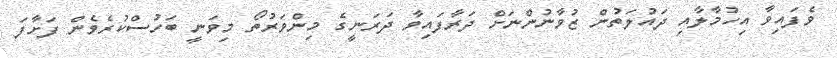
ވެފައިވާ އިހުމާލާއި ދައުލަތުން ޒުވާނުންނަށް ދަރާފައިވާ ދަރަނީގެ މިންވަރުތޯ މިވަނީ ބަހުސްކުރެވެން ފަށާފަ